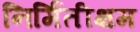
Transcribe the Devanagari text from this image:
निर्मितीक्षम